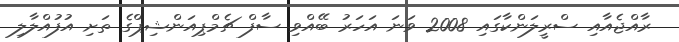
ރާއްޖެއާއި ސްރީލަންކާގައި 2008 ވަނަ އަހަރު ބޭއްވި ސާފް ޗެމްޕިއަންޝިޕްގެ ތަށި އުފުއްލާލި